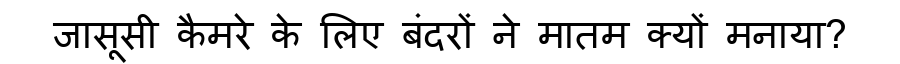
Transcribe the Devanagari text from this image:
जासूसी कैमरे के लिए बंदरों ने मातम क्यों मनाया?